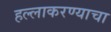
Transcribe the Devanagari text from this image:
हल्लाकरण्याचा